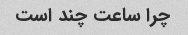
چرا ساعت چند است